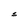
Character: S